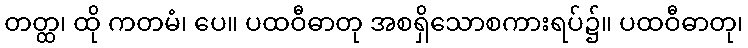
တတ္ထ၊ ထို ကတမံ၊ ပေ။ ပထဝီဓာတု အစရှိသောစကားရပ်၌။ ပထဝီဓာတု၊